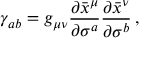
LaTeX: \gamma _ { a b } = g _ { \mu \nu } \frac { \partial \bar { x } ^ { \mu } } { \partial \sigma ^ { a } } \frac { \partial \bar { x } ^ { \nu } } { \partial \sigma ^ { b } } \, ,